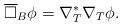
LaTeX: \begin{align*}\overline\square_B\phi =\nabla_T^*\nabla_T\phi.\end{align*}